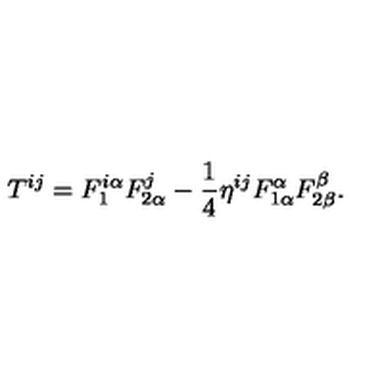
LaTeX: T ^ { i j } = F _ { 1 } ^ { i \alpha } F _ { 2 \alpha } ^ { j } - \frac 1 4 \eta ^ { i j } F _ { 1 \alpha } ^ { \alpha } F _ { 2 \beta } ^ { \beta } .